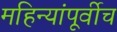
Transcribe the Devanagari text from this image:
महिन्यांपूर्वीच